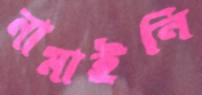
নামাইনি